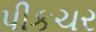
પીકચર